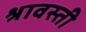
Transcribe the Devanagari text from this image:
श्रावस्‍ती